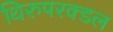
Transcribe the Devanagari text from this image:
थिरुपरक्डल